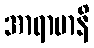
အာရာမာနိ